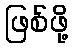
ဖြစ်ဖို့